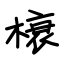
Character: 榱